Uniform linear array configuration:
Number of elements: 8
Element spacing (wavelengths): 1
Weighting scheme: kaiser
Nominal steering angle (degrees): -30
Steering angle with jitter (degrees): -29.881
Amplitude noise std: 0.05
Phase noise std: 0.05

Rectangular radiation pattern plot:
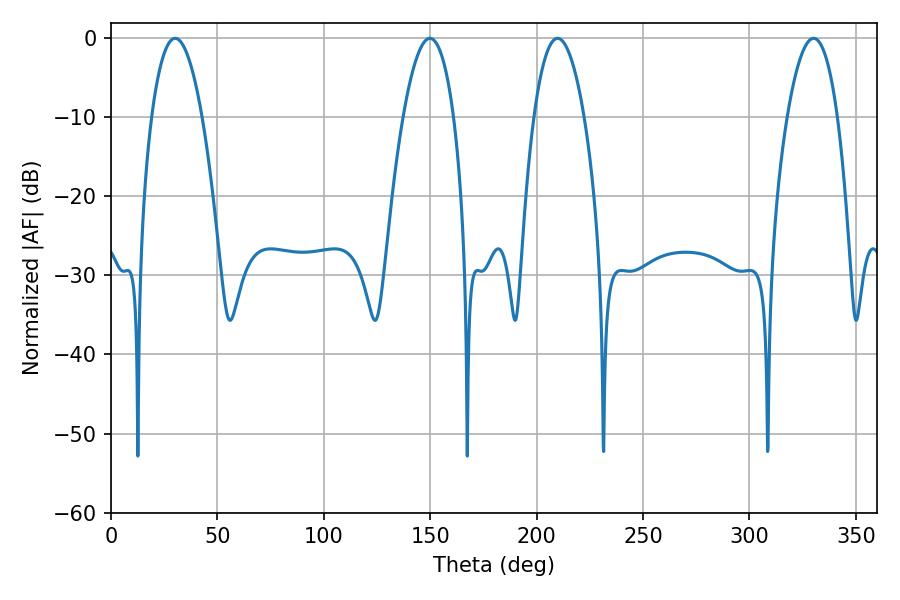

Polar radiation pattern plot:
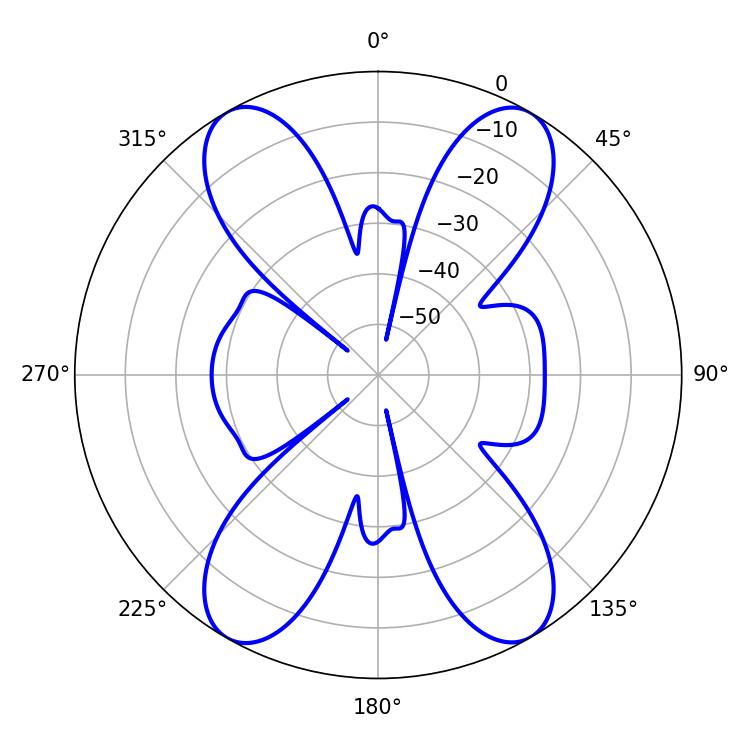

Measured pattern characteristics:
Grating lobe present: TRUE
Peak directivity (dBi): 26.879
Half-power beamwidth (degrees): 12.96
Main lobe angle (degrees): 330.12